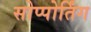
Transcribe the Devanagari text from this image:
सोप्पोर्तिंग